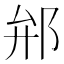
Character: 𨚕